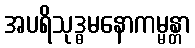
အပရိသုဒ္ဓမနောကမ္မန္တာ